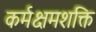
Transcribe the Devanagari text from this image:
कर्मक्षमशक्ति